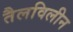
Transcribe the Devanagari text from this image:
तैलविलीन